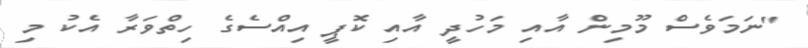
"ނަމަވެސް މޫމިން އާއި މަހުދީ އާއި ކޮޕީ އިއްސެގެ ހިތްވަރާ އެކު މި